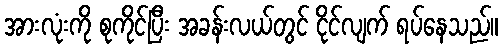
အားလုံးကို စုကိုင်ပြီး အခန်းလယ်တွင် ငိုင်လျက် ရပ်နေသည်။